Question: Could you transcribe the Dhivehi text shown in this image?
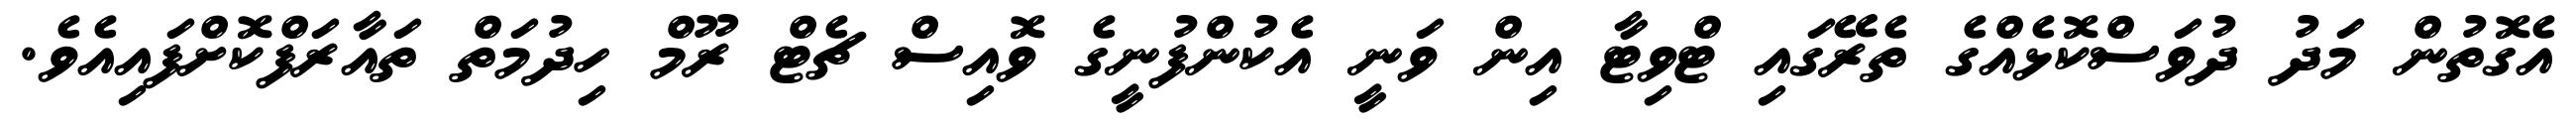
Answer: އެގޮތުން މަދު ދުވަސްކޮޅެއްގެ ތެރޭގައި ޓްވިޓާ އިން ވަނީ އެކުންފުނީގެ ވޮއިސް ޗެޓް ރޫމް ހިދުމަތް ތައާރަފްކޮށްފައިއެވެ.